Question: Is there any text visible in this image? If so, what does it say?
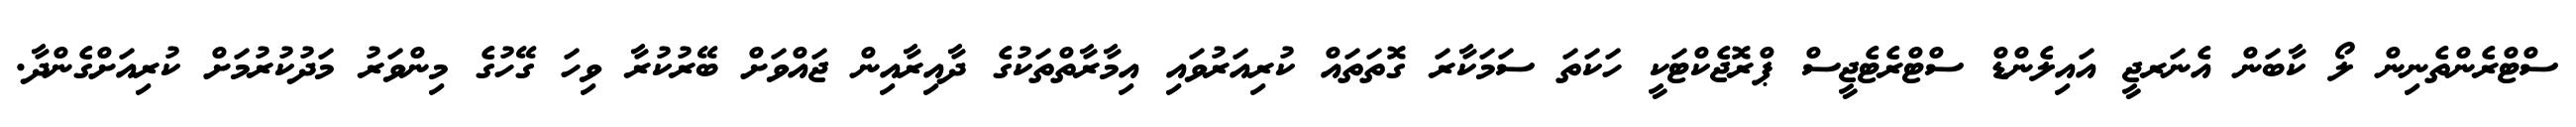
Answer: ސްޓްރެންތެނިން ލޯ ކާބަން އެނަރޖީ އައިލެންޑް ސްޓްރެޓެޖީސް ޕްރޮޖެކްޓަކީ ހަކަތަ ސަމަކާރަ ގޮތަތައް ކުރިއަރުވައި އިމާރާތްތަކުގެ ދާއިރާއިން ޖައްވަށް ބޭރުކުރާ ވިހަ ގޭހުގެ މިންވަރު މަދުކުރުމަށް ކުރިއަށްގެންދާ.